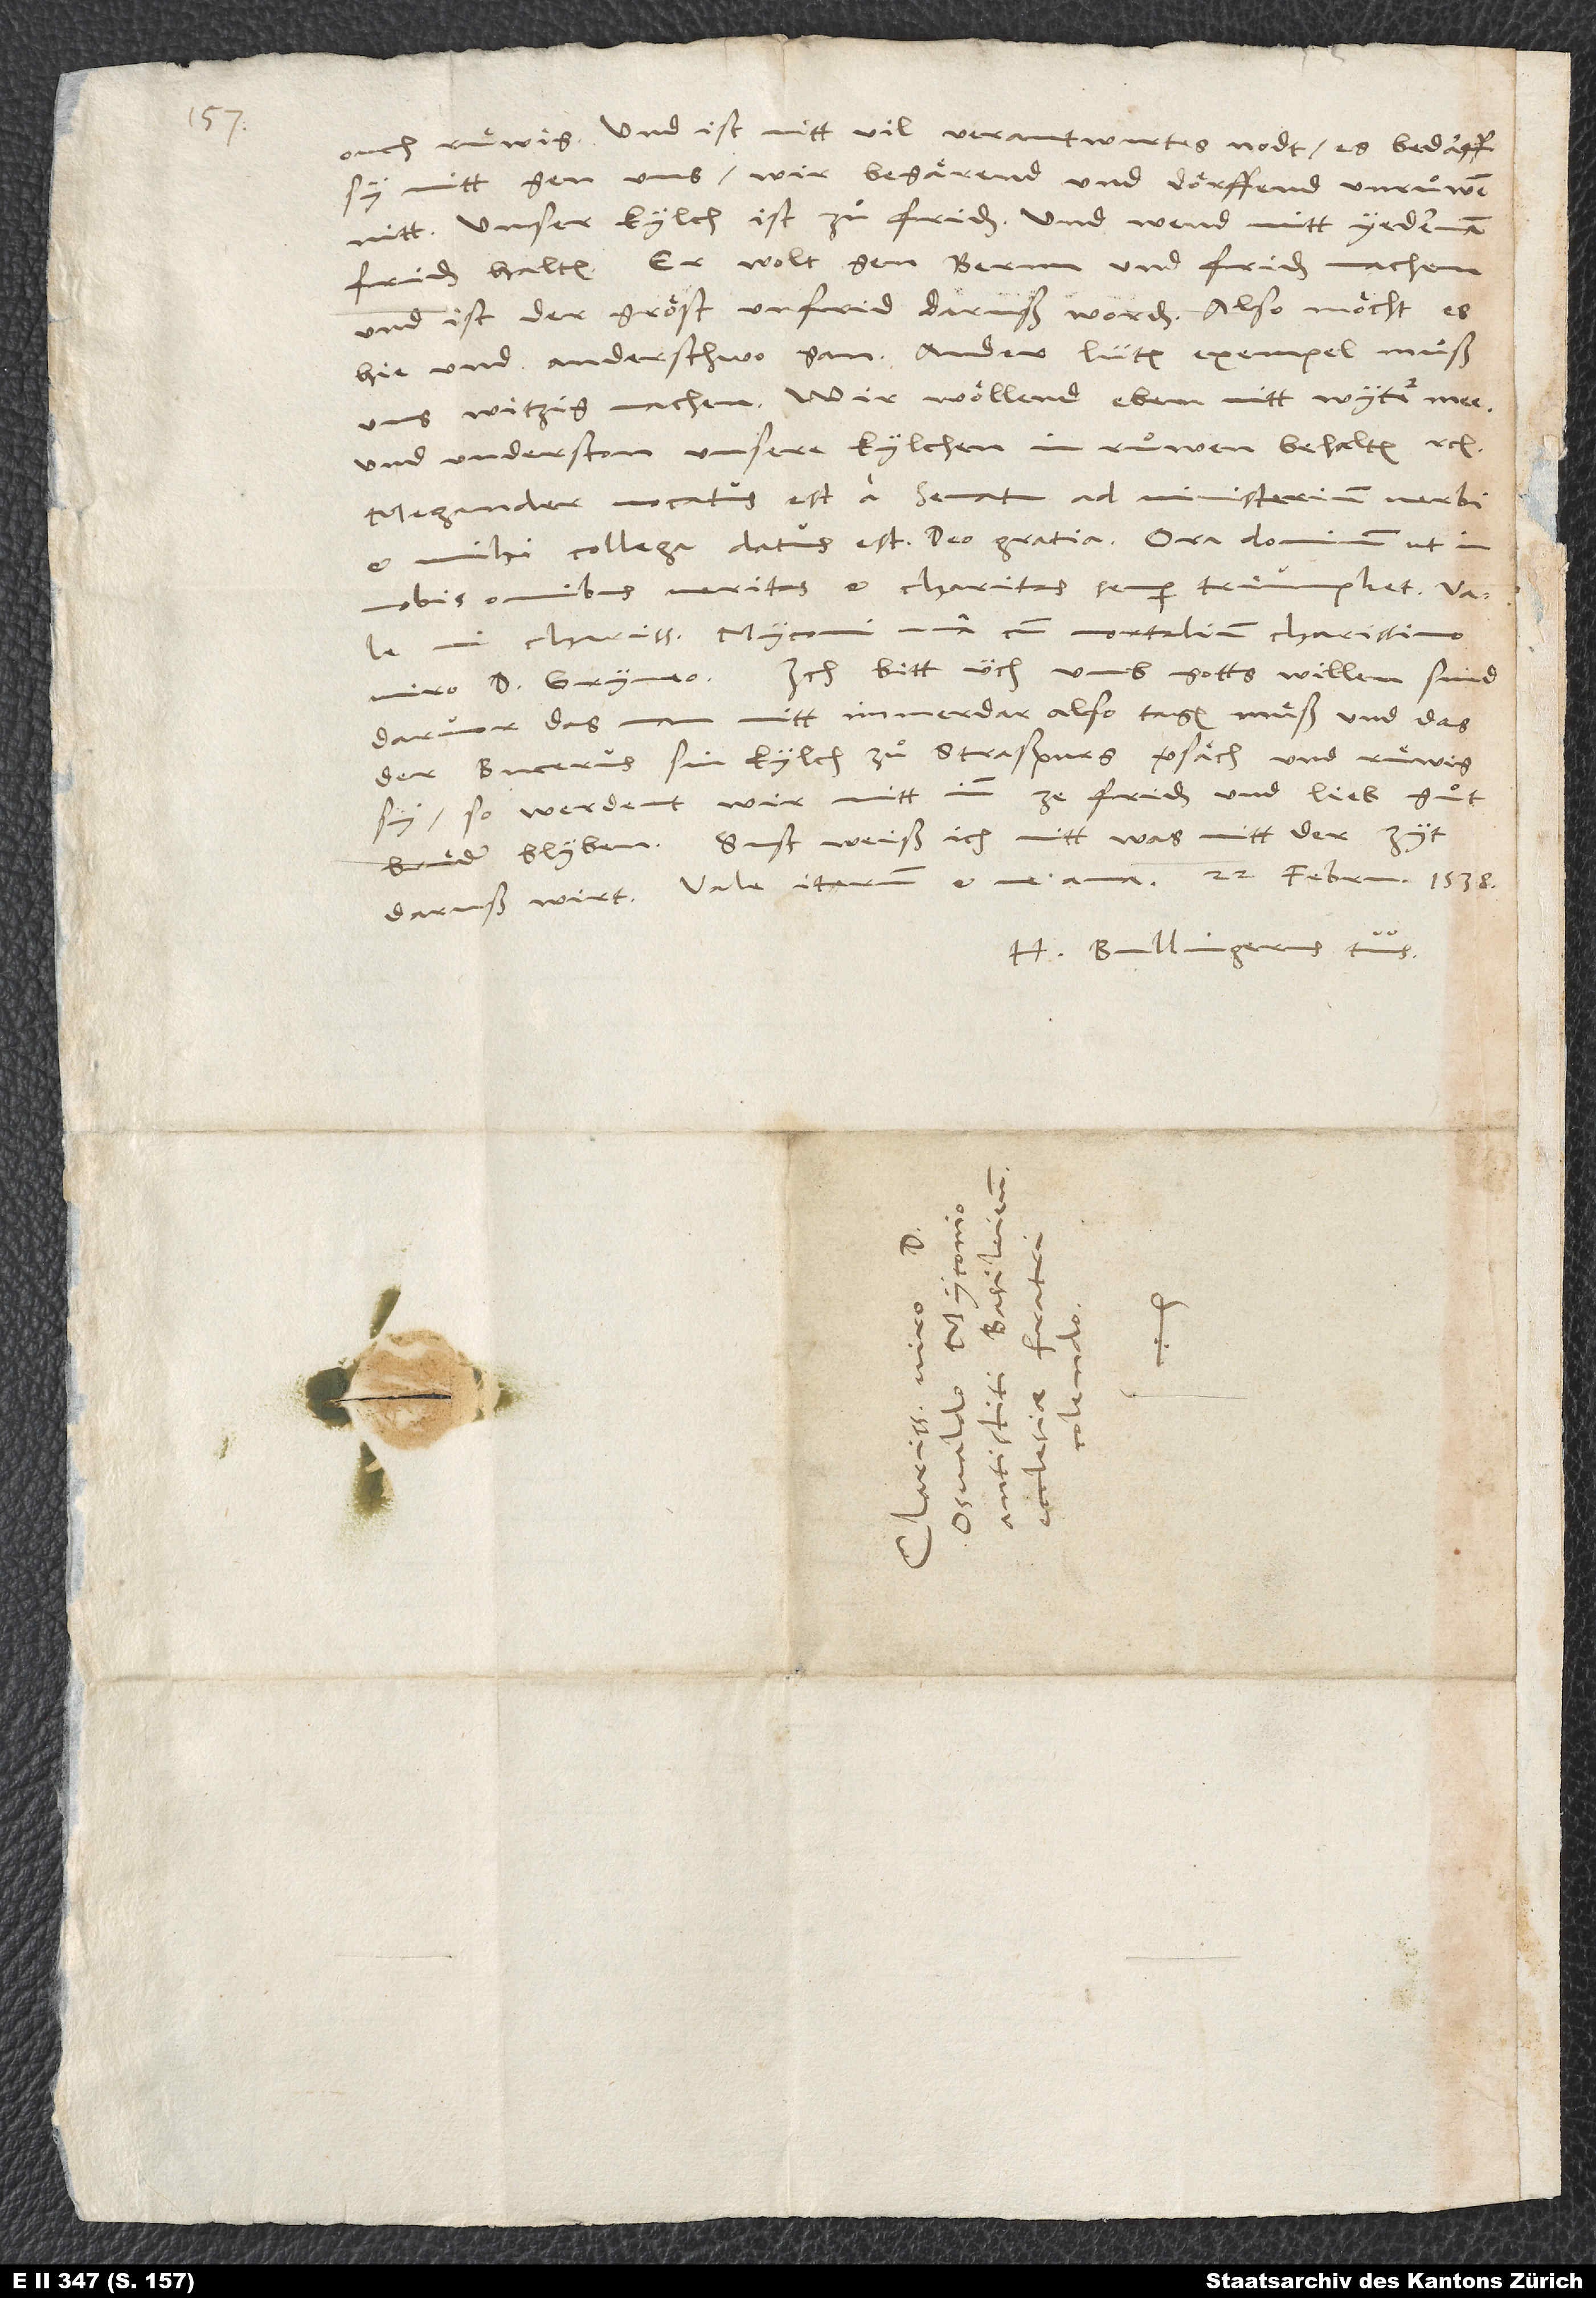
ouch ruͤwig, und ist nitt vil verantwurtes nodt; es bedarff
sy nitt gen uns. Wir begärend und dörffend unruͦwen
nitt; unser kylch ist zuͦ friden, und wend mitt yederman
friden halten. Er wolt gen Bernn und friden machen,
und ist der gröst unfrid daruß worden. Also möcht es
hie und anderschwo gan. Ander lüten exempel muͦß
uns witzig machen. Wir wöllend eben nitt wyter mee
und understan unsere kylchen in ruͦwen behalten etc.
Megander vocatus est a senatu ad ministerium verbi
et mihi collega datus est, deo gratia. Ora dominum, ut in
nobis omnibus veritas et charitas semper triumphet.
mi charissime Myconi, una cum mortalium charissimo
viro d. Gryneo. Ich bitt üch um gotts willen, sind
darvor, das man nitt immerdar also tagen muͤß und das
der Bucerus sin kylch zuͦ Straspurg versäch und ruͤwig
sy, so werdent wir mitt imm ze friden und lieb, guͦt
bruͤder blyben. Sust weiß ich nitt, was mitt der zyt
daruß wirt. Vale iterum et me ama. 22. februarii 1538.
H. Bullingerus tuus.